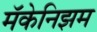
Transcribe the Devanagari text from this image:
मॅकेनिझम